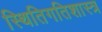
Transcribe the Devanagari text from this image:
स्थितिगतिशास्त्र